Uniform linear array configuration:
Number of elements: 48
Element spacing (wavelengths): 0.25
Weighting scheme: blackman
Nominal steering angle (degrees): -30
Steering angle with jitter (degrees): -31.874
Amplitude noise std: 0.05
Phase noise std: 0.05

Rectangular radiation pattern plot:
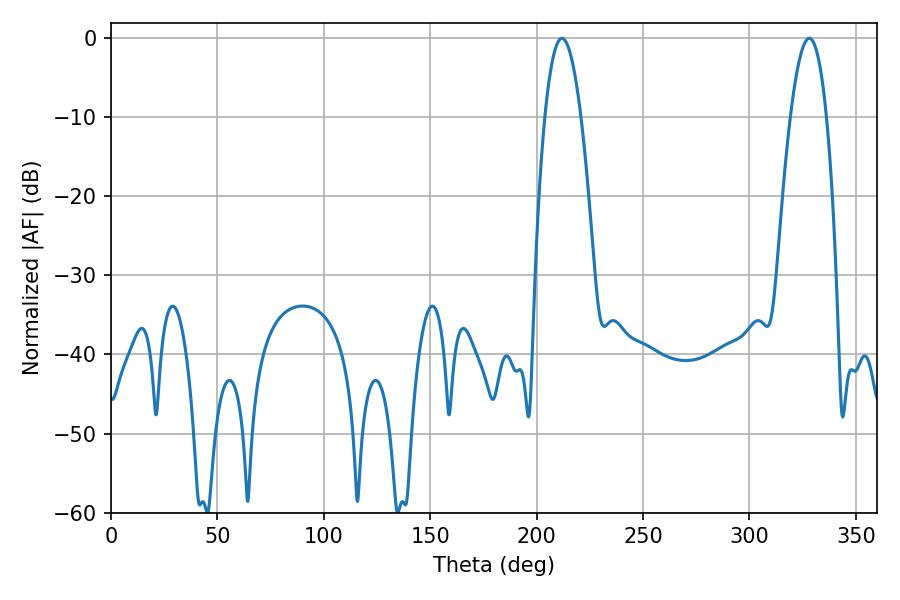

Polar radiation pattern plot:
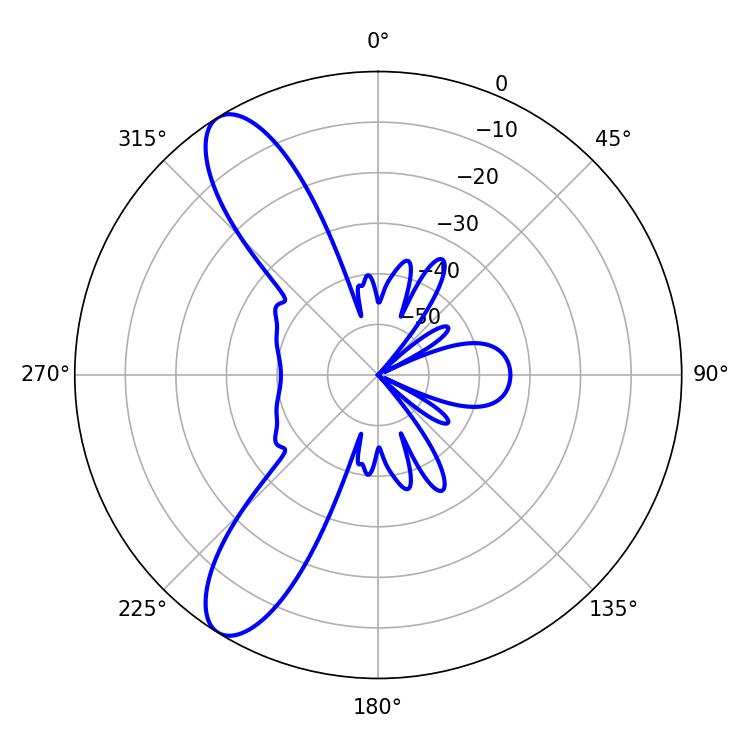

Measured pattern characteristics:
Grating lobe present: FALSE
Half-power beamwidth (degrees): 9.36
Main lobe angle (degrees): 211.86